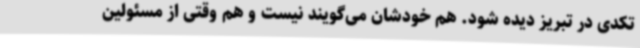
تکدی در تبریز دیده شود. هم خودشان می‌گویند نیست و هم وقتی از مسئولین